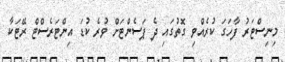
މިނިސްޓަރު ފާހަގަ ކުރެއްވި ގޮތުގައި ދެ ޕަސެންޓަށް ވުރެ ކުޑަ އިންޓަރެސްޓް ރޭޓަކާ